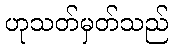
ဟုသတ်မှတ်သည်